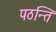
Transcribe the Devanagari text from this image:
पठन्ति